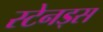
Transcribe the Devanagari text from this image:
स्टेनड्स